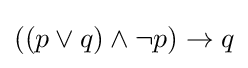
((p\vee q)\wedge \neg p)\rightarrow q